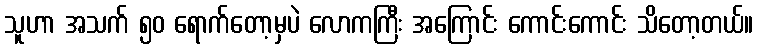
သူဟာ အသက် ၅၀ ရောက်တော့မှပဲ လောကကြီး အကြောင်း ကောင်းကောင်း သိတော့တယ်။